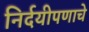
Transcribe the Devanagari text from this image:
निर्दयीपणाचे